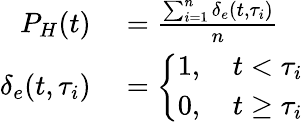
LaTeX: \begin{array}{rl}{P_{H}(t)}&{{}=\frac{\sum_{i=1}^{n}\delta_{e}(t,\tau_{i})}{n}}\\ {\delta_{e}(t,\tau_{i})}&{{}=\left\{ \begin{array}{ll}{1,\quad t<\tau_{i}}\\ {0,\quad t\geq\tau_{i}}\end{array}\right.}\end{array}